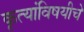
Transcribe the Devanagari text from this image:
कृत्यांविषयीचे